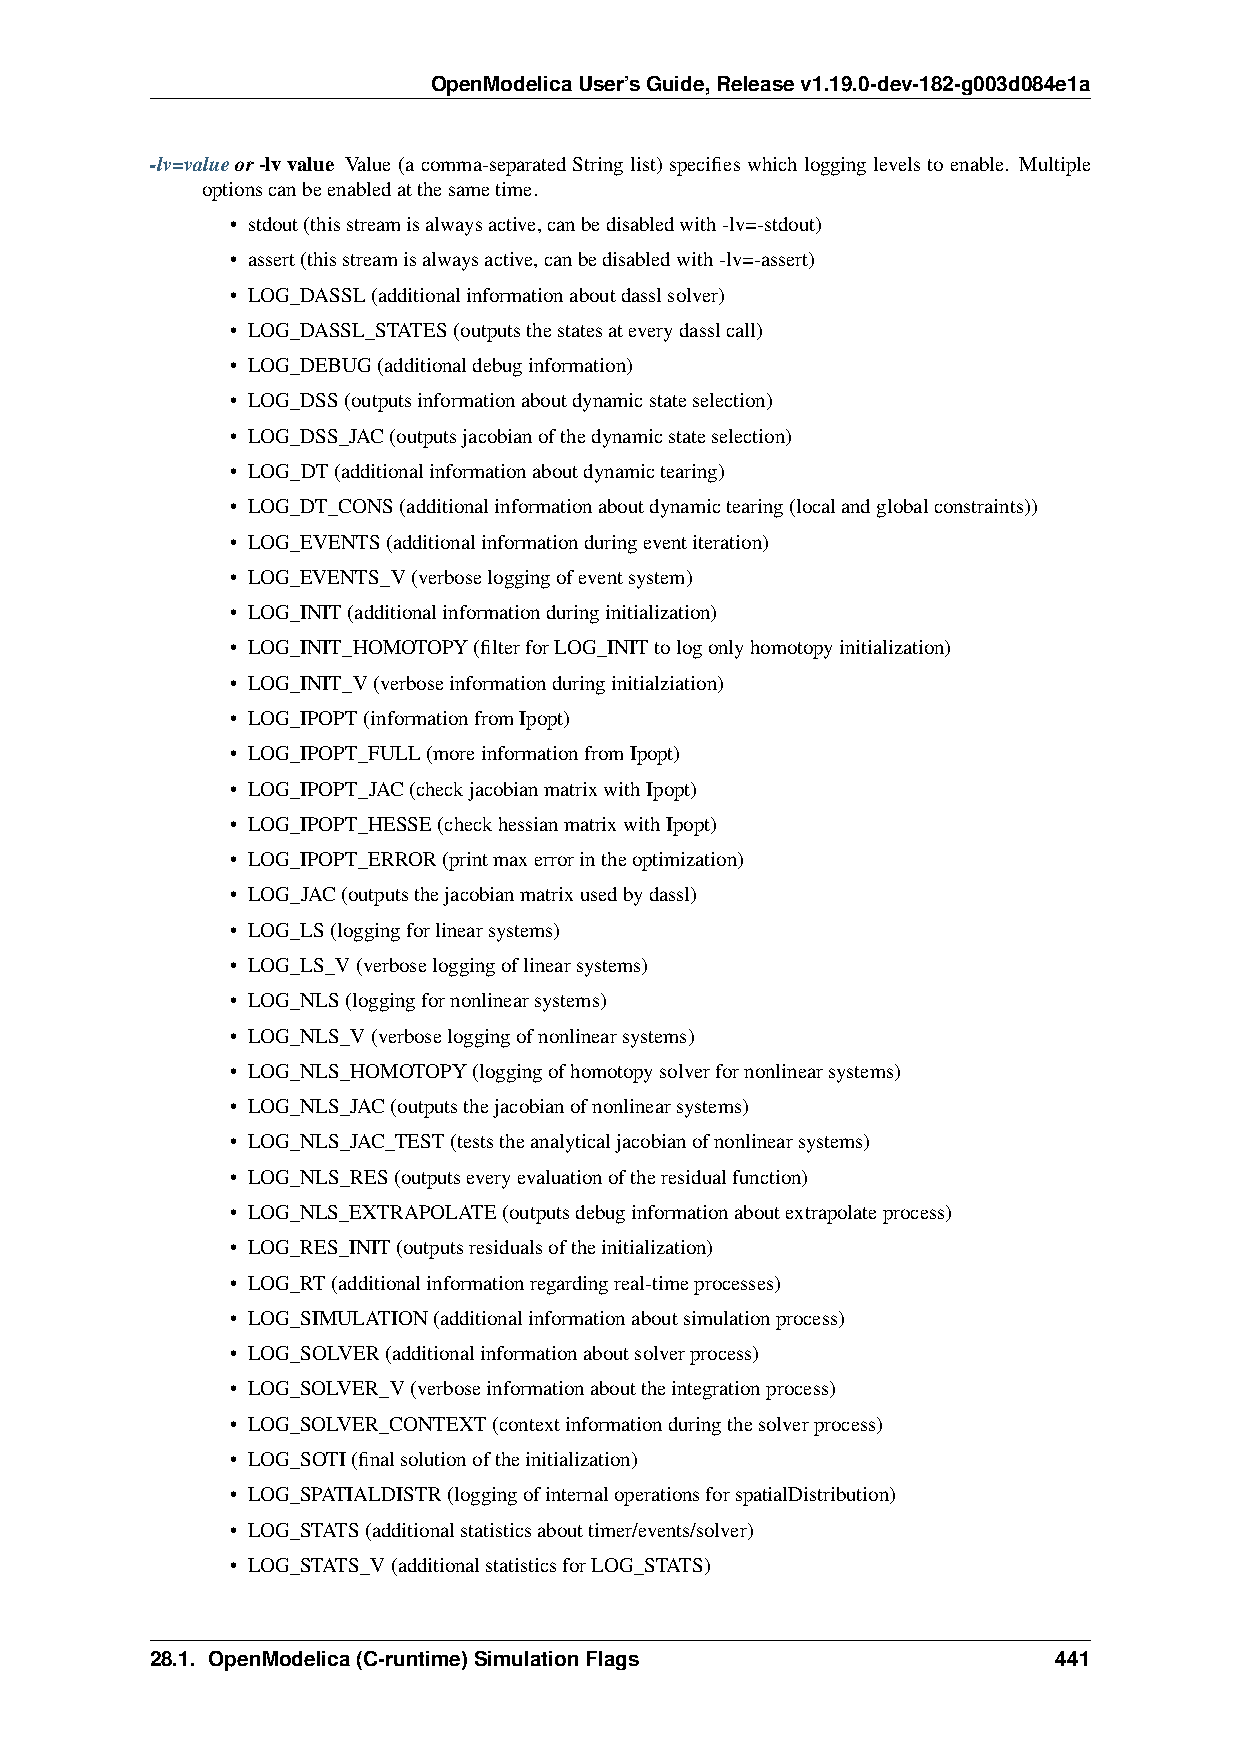
OpenModelicaUser’sGuide,Releasev1.19.0-dev-182-g003d084e1a
 -lv=valueor-lvvalue Value (a comma-separated String list) specifies which logging levels to enable. Multiple
 optionscanbeenabledatthesametime.
 • stdout(thisstreamisalwaysactive,canbedisabledwith-lv=-stdout)
 • assert(thisstreamisalwaysactive,canbedisabledwith-lv=-assert)
 • LOG_DASSL(additionalinformationaboutdasslsolver)
 • LOG_DASSL_STATES(outputsthestatesateverydasslcall)
 • LOG_DEBUG(additionaldebuginformation)
 • LOG_DSS(outputsinformationaboutdynamicstateselection)
 • LOG_DSS_JAC(outputsjacobianofthedynamicstateselection)
 • LOG_DT(additionalinformationaboutdynamictearing)
 • LOG_DT_CONS(additionalinformationaboutdynamictearing(localandglobalconstraints))
 • LOG_EVENTS(additionalinformationduringeventiteration)
 • LOG_EVENTS_V(verboseloggingofeventsystem)
 • LOG_INIT(additionalinformationduringinitialization)
 • LOG_INIT_HOMOTOPY(filterforLOG_INITtologonlyhomotopyinitialization)
 • LOG_INIT_V(verboseinformationduringinitialziation)
 • LOG_IPOPT(informationfromIpopt)
 • LOG_IPOPT_FULL(moreinformationfromIpopt)
 • LOG_IPOPT_JAC(checkjacobianmatrixwithIpopt)
 • LOG_IPOPT_HESSE(checkhessianmatrixwithIpopt)
 • LOG_IPOPT_ERROR(printmaxerrorintheoptimization)
 • LOG_JAC(outputsthejacobianmatrixusedbydassl)
 • LOG_LS(loggingforlinearsystems)
 • LOG_LS_V(verboseloggingoflinearsystems)
 • LOG_NLS(loggingfornonlinearsystems)
 • LOG_NLS_V(verboseloggingofnonlinearsystems)
 • LOG_NLS_HOMOTOPY(loggingofhomotopysolverfornonlinearsystems)
 • LOG_NLS_JAC(outputsthejacobianofnonlinearsystems)
 • LOG_NLS_JAC_TEST(teststheanalyticaljacobianofnonlinearsystems)
 • LOG_NLS_RES(outputseveryevaluationoftheresidualfunction)
 • LOG_NLS_EXTRAPOLATE(outputsdebuginformationaboutextrapolateprocess)
 • LOG_RES_INIT(outputsresidualsoftheinitialization)
 • LOG_RT(additionalinformationregardingreal-timeprocesses)
 • LOG_SIMULATION(additionalinformationaboutsimulationprocess)
 • LOG_SOLVER(additionalinformationaboutsolverprocess)
 • LOG_SOLVER_V(verboseinformationabouttheintegrationprocess)
 • LOG_SOLVER_CONTEXT(contextinformationduringthesolverprocess)
 • LOG_SOTI(finalsolutionoftheinitialization)
 • LOG_SPATIALDISTR(loggingofinternaloperationsforspatialDistribution)
 • LOG_STATS(additionalstatisticsabouttimer/events/solver)
 • LOG_STATS_V(additionalstatisticsforLOG_STATS)
 28.1. OpenModelica(C-runtime)SimulationFlags                441